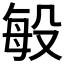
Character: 𭮬